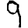
Digit: 9